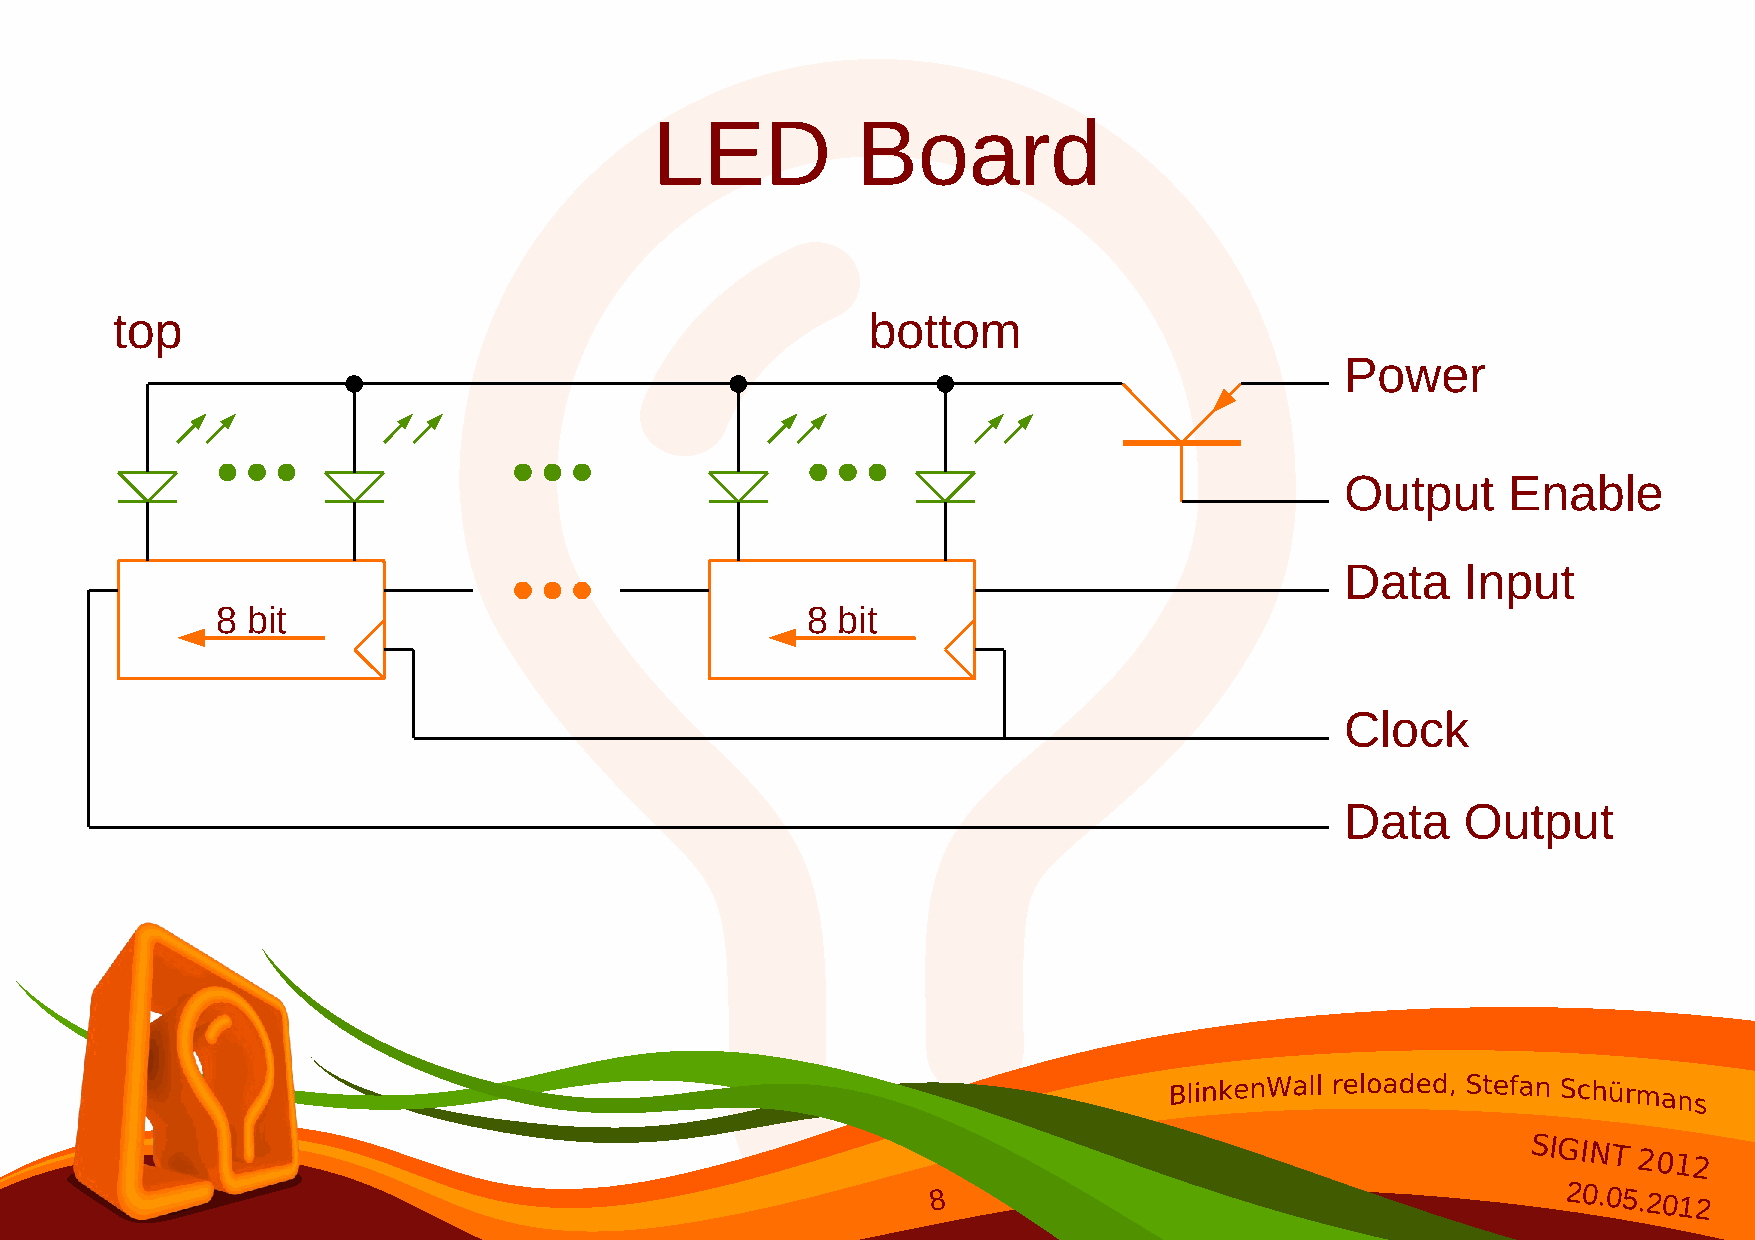
LED           Board
 top                                               bottom
 Power
 Output     Enable
 Data    Input
 8 bit                                  8 bit
 Clock
 Data    Output
 SIGINT
 2012
 8                                        20.05.2012